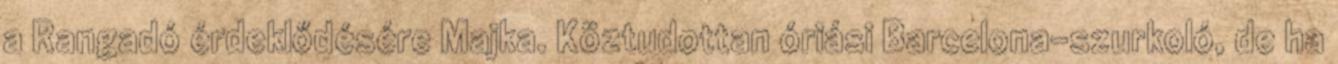
a Rangadó érdeklődésére Majka. Köztudottan óriási Barcelona-szurkoló, de ha